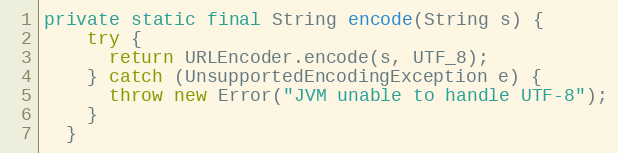
Language: Java
private static final String encode(String s) {
    try {
      return URLEncoder.encode(s, UTF_8);
    } catch (UnsupportedEncodingException e) {
      throw new Error("JVM unable to handle UTF-8");
    }
  }